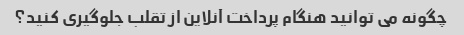
چگونه می توانید هنگام پرداخت آنلاین از تقلب جلوگیری کنید؟